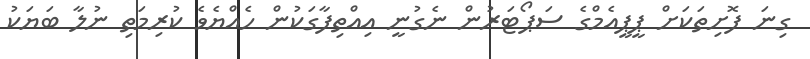
ގިނަ ފޮށިތަކަށް ޕީޕީއެމްގެ ސަޕޯޓަރުން ނެގުނީ އިއްތިފާގަކުން ހެއްޔެވެ ކުރިމަތި ނުލާ ބަޔަކު